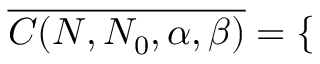
\overline { { C ( N , N _ { 0 } , \alpha , \beta ) } } = \left\{ \begin{array} { r l } \end{array} \right.